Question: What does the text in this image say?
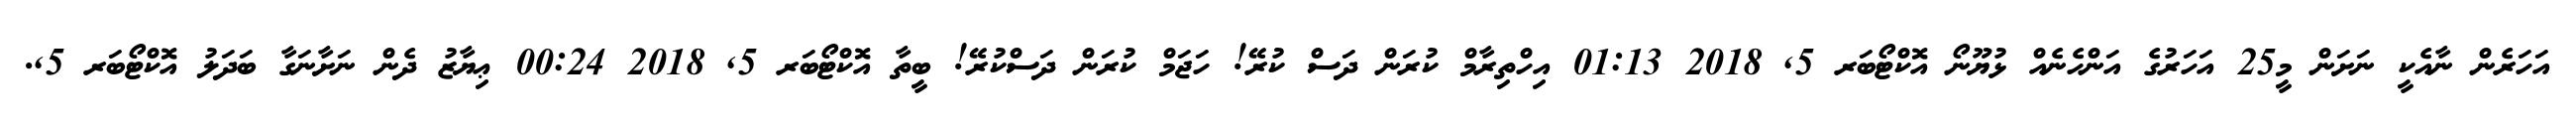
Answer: އަހަރެން ނާއެކީ ނަށަން މީ25 އަހަރުގެ އަންހެނެއް ޅުޔޫނޯ އޮކްޓޯބަރ 5, 2018 01:13 އިހްތިރާމް ކުރަން ދަސް ކުރޭ! ހަޖަމް ކުރަން ދަސްކުރޭ! ބީތާ އޮކްޓޯބަރ 5, 2018 00:24 ޢިޔާޒު ދެން ނަށާނަގާ ބަދަލު އޮކްޓޯބަރ 5,.